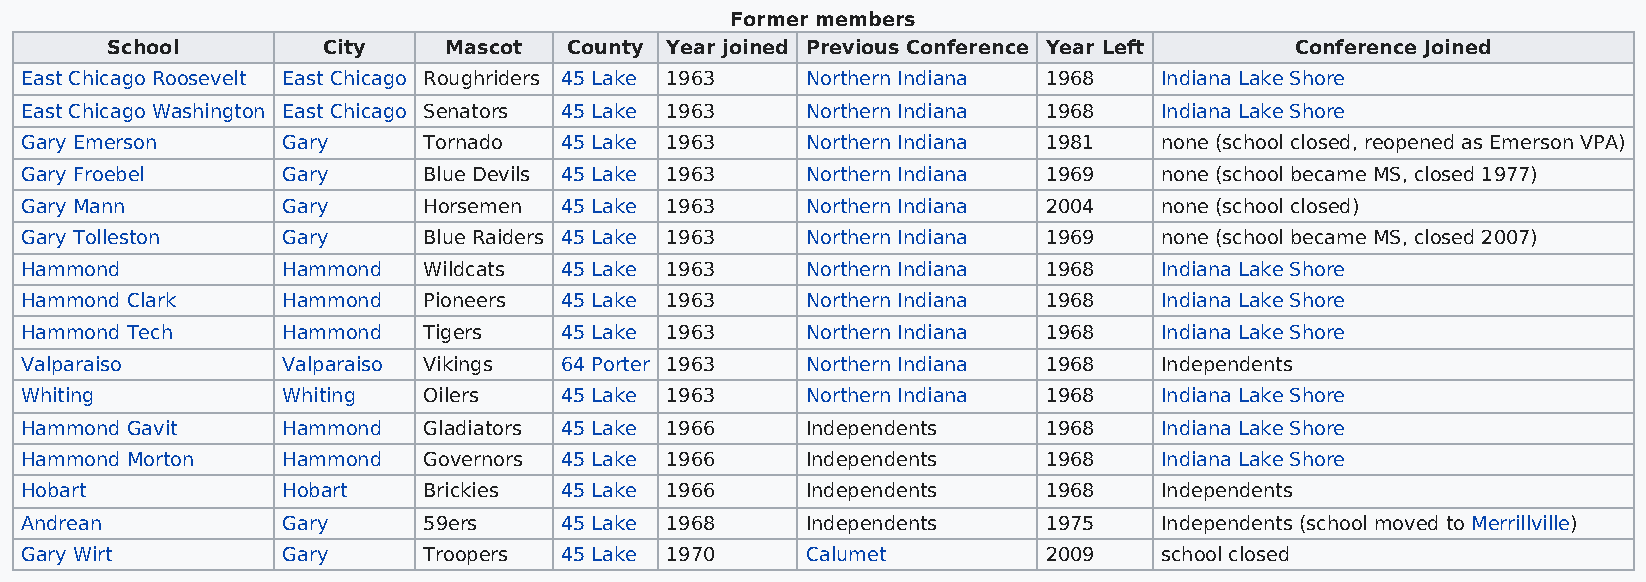
Former members
 School        City    Mascot   County Year joined Previous Conference Year Left Conference Joined
 East Chicago Roosevelt East Chicago Roughriders 45 Lake 1963 Northern Indiana 1968 Indiana Lake Shore
 East Chicago Washington East Chicago Senators 45 Lake 1963 Northern Indiana 1968 Indiana Lake Shore
 Gary Emerson      Gary     Tornado  45 Lake 1963    Northern Indiana 1981   none (school closed, reopened as Emerson VPA)
 Gary Froebel      Gary     Blue Devils 45 Lake 1963 Northern Indiana 1969   none (school became MS, closed 1977)
 Gary Mann         Gary     Horsemen 45 Lake 1963    Northern Indiana 2004   none (school closed)
 Gary Tolleston    Gary     Blue Raiders 45 Lake 1963 Northern Indiana 1969  none (school became MS, closed 2007)
 Hammond           Hammond  Wildcats 45 Lake 1963    Northern Indiana 1968   Indiana Lake Shore
 Hammond Clark     Hammond  Pioneers 45 Lake 1963    Northern Indiana 1968   Indiana Lake Shore
 Hammond Tech      Hammond  Tigers   45 Lake 1963    Northern Indiana 1968   Indiana Lake Shore
 Valparaiso        Valparaiso Vikings 64 Porter 1963 Northern Indiana 1968   Independents
 Whiting           Whiting  Oilers   45 Lake 1963    Northern Indiana 1968   Indiana Lake Shore
 Hammond Gavit     Hammond  Gladiators 45 Lake 1966  Independents    1968    Indiana Lake Shore
 Hammond Morton    Hammond  Governors 45 Lake 1966   Independents    1968    Indiana Lake Shore
 Hobart            Hobart   Brickies 45 Lake 1966    Independents    1968    Independents
 Andrean           Gary     59ers    45 Lake 1968    Independents    1975    Independents (school moved to Merrillville)
 Gary Wirt         Gary     Troopers 45 Lake 1970    Calumet         2009    school closed